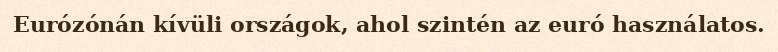
Eurózónán kívüli országok, ahol szintén az euró használatos.